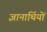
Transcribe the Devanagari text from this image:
ज्ञानार्थियों